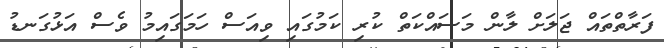
ފަރާތްތައް ޖަލަށް ލާން މަސައްކަތް ކުރި ކަމުގައި ވިއަސް ހަމަގައިމު ވެސް އަޅުގަނޑު